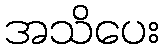
အသိပေး